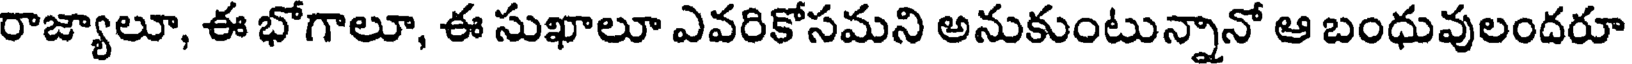
రాజ్యాలూ, ఈ భోగాలూ, ఈ సుఖాలూ ఎవరికోసమని అనుకుంటున్నానో ఆ బంధువులందరూ